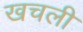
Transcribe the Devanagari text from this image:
खचली